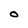
Character: O